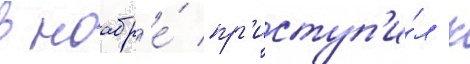
в ноабр'е́ пр'иступ'и́л к